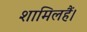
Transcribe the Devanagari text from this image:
शामिलहैं।